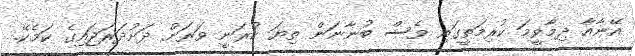
އޭނާއާ ދިމާވީމަ ކުރިމަތީގައި ވެސް ބުނާނަން ތިޔަ ކުރަނީ ވަރަށް ދަށުދަރަޖައިގެ ކަމެކޭ.